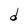
Character: d